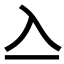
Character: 𠓛